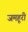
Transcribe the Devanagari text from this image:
जमहूरी